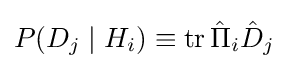
P(D_{j}\mid H_{i})\equiv \operatorname {tr} {\hat {\Pi }}_{i}{\hat {D}}_{j}